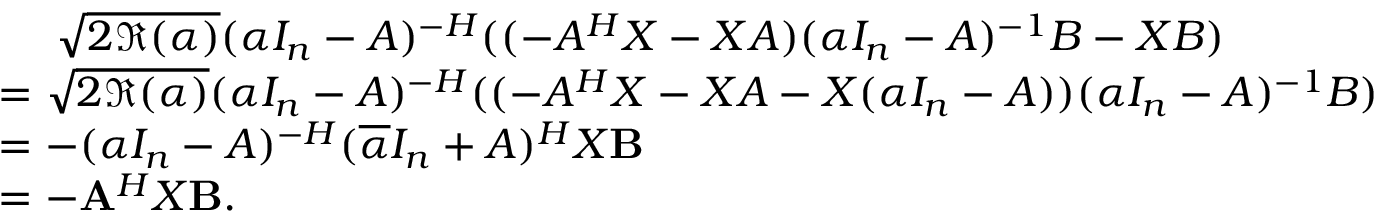
\begin{array} { r l } & { ~ ~ ~ ~ \sqrt { 2 \Re ( \alpha ) } ( \alpha I _ { n } - A ) ^ { - H } ( ( - A ^ { H } X - X A ) ( \alpha I _ { n } - A ) ^ { - 1 } B - X B ) } \\ & { = \sqrt { 2 \Re ( \alpha ) } ( \alpha I _ { n } - A ) ^ { - H } ( ( - A ^ { H } X - X A - X ( \alpha I _ { n } - A ) ) ( \alpha I _ { n } - A ) ^ { - 1 } B ) } \\ & { = - ( \alpha I _ { n } - A ) ^ { - H } ( \overline { { \alpha } } I _ { n } + A ) ^ { H } X \mathbf { B } } \\ & { = - \mathbf { A } ^ { H } X \mathbf { B } . } \end{array}